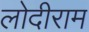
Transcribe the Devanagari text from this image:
लोदीराम